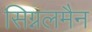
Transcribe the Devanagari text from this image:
सिग्नलमैन